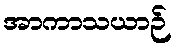
အာကာသယာဉ်